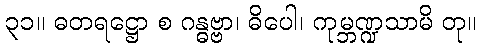
၃၁။ ဓတရဋ္ဌော စ ဂန္ဓဗ္ဗာ၊ ဓိပေါ၊ ကုမ္ဘဏ္ဍသာမိ တု။